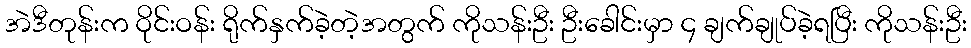
အဲဒီတုန်းက ဝိုင်းဝန်း ရိုက်နှက်ခဲ့တဲ့အတွက် ကိုသန်းဦး ဦးခေါင်းမှာ ၄ ချက်ချုပ်ခဲ့ရပြီး ကိုသန်းဦး